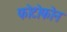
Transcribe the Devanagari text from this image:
फोटोफोन